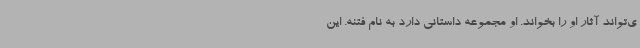
ی‌تواند آثار او را بخواند. او مجموعه داستانی دارد به نام فتنه. این